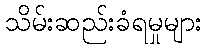
သိမ်းဆည်းခံရမှုများ